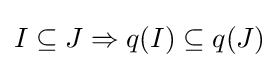
I\subseteq J\Rightarrow q(I)\subseteq q(J)